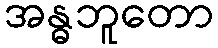
အန္ဓဘူတော